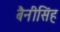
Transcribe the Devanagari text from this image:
बैनीसिंह